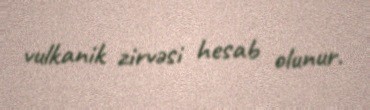
vulkanik zirvəsi hesab olunur.